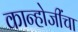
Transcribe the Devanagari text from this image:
कान्होजींचा